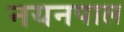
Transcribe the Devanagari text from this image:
नयनपाल